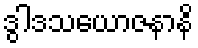
ဒွါဒသယောဇနာနိ